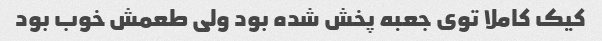
کیک کاملا توی جعبه پخش شده بود ولی طعمش خوب بود